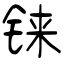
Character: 铼